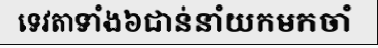
ទេវតាទាំង៦ជាន់នាំយកមកចាំ